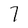
Character: 7